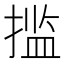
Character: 㨫